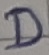
Text: D